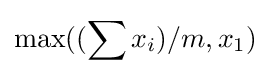
\max((\sum x_{i})/m,x_{1})